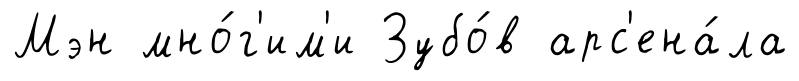
Мэн мно́г'им'и Зубо́в арс'ена́ла